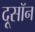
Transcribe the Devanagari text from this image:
दूसॉन